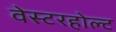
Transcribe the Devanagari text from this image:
वेस्टरहोल्ट